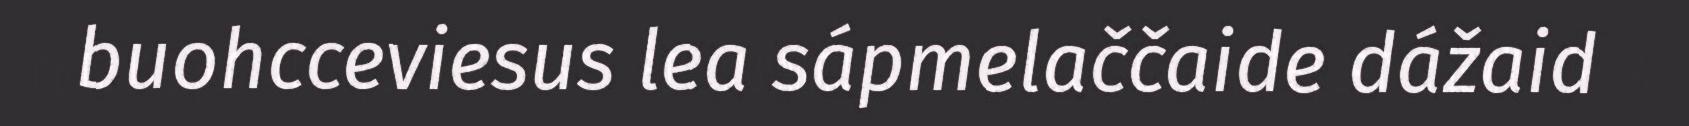
buohcceviesus lea sápmelaččaide dážaid